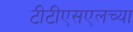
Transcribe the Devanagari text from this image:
टीटीएसएलच्या